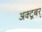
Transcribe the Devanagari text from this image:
अक्टूबर्